Annual report of the Central Committee of the Association together with the report of the directors of the Pasteur Institute at Kasauli
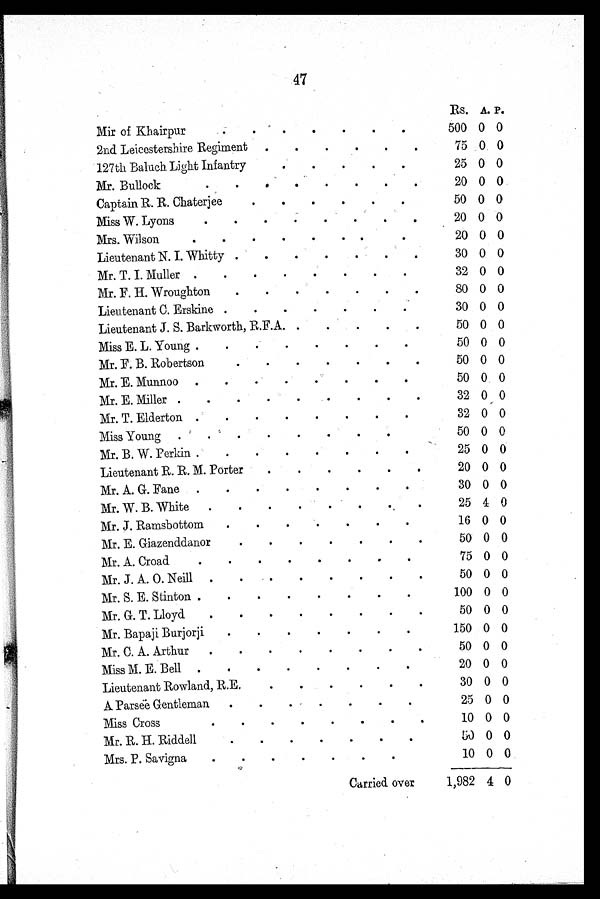
47
Rs. A. P.
Mir of Khairpur
500 0 0
2nd Leicestershire Regiment
75
0 0
127th Baluch Light Infantry
25 0 0
Mr. Bullock
20 0 0
Captain R. R. Chaterjee
50 0 0
Miss W. Lyons
20 0 0
Mrs. Wilson
20 0 0
Lieutenant N. I. Whitty
30 0 0
Mr. T. I. Muller
32 0 0
Mr. F. H. Wroughton
80 0 0
Lieutenant C. Erskine
30 0 0
Lieutenant J. S. Barkworth, R.F.A.
50 0 0
Miss E. L. Young
50 0 0
Mr. F. B. Robertson
50 0 0
Mr. E. Munnoo
50 0 0
Mr. E. Miller
32 0 0
Mr. T. Elderton
32 0 0
Miss Young
50 0 0
Mr. B. W. Perkin
25 0 0
Lieutenant R. R. M. Porter
20 0 0
Mr. A. G. Fane
30 0 0
Mr. W. B. White
25 4 0
Mr. J. Ramsbottom
16 0 0
Mr. E. Giazenddanor
50 0 0
Mr. A. Croad
75 0 0
Mr. J. A. O. Neill
50 0 0
Mr. S. E. Stinton
100 0 0
Mr. G. T. Lloyd
50 0 0
Mr. Bapaji Burjorji
150 0 0
Mr. C. A. Arthur
50 0 0
Miss M. E. Bell
20 0 0
Lieutenant Rowland, R.E.
30 0 0
A Parsee Gentleman
25 0 0
Miss Cross
10 0 0
Mr. R. H. Riddell
5 0 0 0
Mrs. P. Savigna
10 0 0
Carried over
1,982 4 0